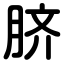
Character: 脐